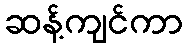
ဆန့်ကျင်ကာ